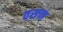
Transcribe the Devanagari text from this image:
वसण